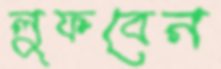
লুফবেন